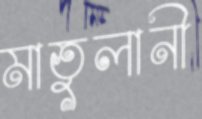
মাতুলানী